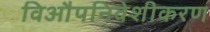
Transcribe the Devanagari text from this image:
विऔपनिवेशीकरण